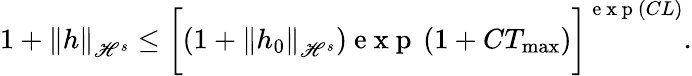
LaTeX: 1+\left\| h\right\| _{\mathscr{H}^{s}}\leq\bigg[(1+\left\| h_{0}\right\| _{\mathscr{H}^{s}})\mathrm{{~e~x~p~}}\left(1+CT_{\operatorname*{max}}\right)\bigg]^{\mathrm{{~e~x~p~}}\left(CL\right)}.